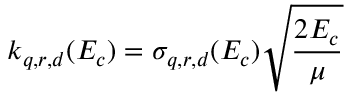
k _ { q , r , d } ( E _ { c } ) = \sigma _ { q , r , d } ( E _ { c } ) \sqrt { \frac { 2 E _ { c } } { \mu } }